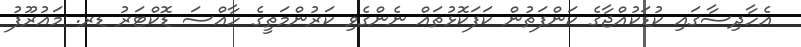
އެހާދިސާގައި ކުޑަކުއްޖާގެ ކަންފަތުން ކަފަކޮޅުތައް ނެންގެވި ކަރުންމަތީގެ ހާއްސަ ޑޮކްޓަރު ޑރ. މައުރޫފު